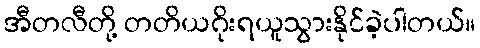
အီတလီတို့ တတိယဂိုးရယူသွားနိုင်ခဲ့ပါတယ်။